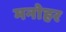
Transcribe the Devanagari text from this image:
मनाेहर